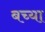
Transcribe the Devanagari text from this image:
बच्या